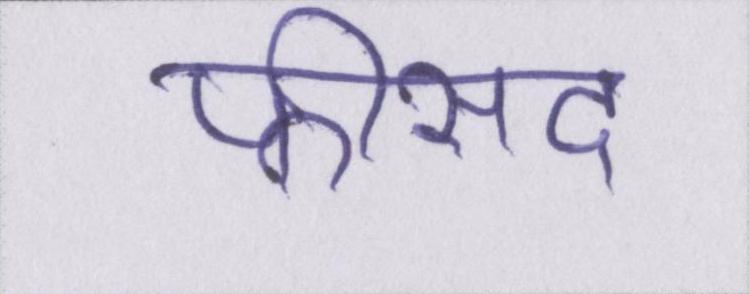
फीसद